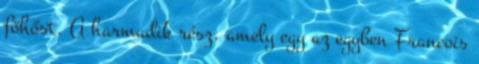
főhőst. A harmadik rész, amely egy az egyben Francois